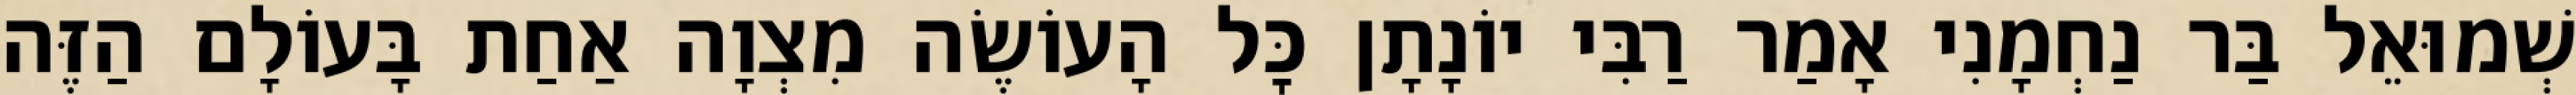
שְׁמוּאֵל בַּר נַחְמָנִי אָמַר רַבִּי יוֹנָתָן כׇּל הָעוֹשֶׂה מִצְוָה אַחַת בָּעוֹלָם הַזֶּה